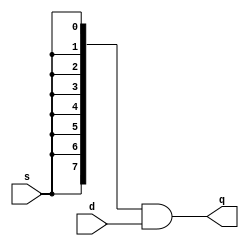
`timescale 1ns / 1ps
//////////////////////////////////////////////////////////////////////////////////
// Company: 
// Engineer: 
// 
// Design Name: 
// Module Name: eand
// Project Name: 
// Target Devices: 
// Tool Versions: 
// Description: 
// 
// Dependencies: 
// 
// Revision:
// Revision 0.01 - File Created
// Additional Comments:
// 
//////////////////////////////////////////////////////////////////////////////////

module eand (
    q,
    s,
    d
);

parameter WIDTH = 8;

output  [WIDTH-1 : 0]   q;
input                   s;
input   [WIDTH-1 : 0]   d;

assign q = {WIDTH{s}} & d;
    
endmodule